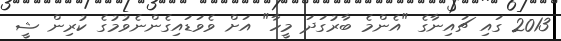
2013 ގައި ޗައިނާގެ "އެންމެ ބާރުގަދަ މީހާ" އަށް ވެވަޑައިގެންނެވުމުގެ ކުރިން ޝީ